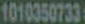
1010350733